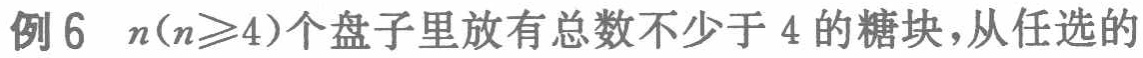
例 6 \(n(n\geqslant4)\)个盘子里放有总数不少于 4 的糖块，从任选的